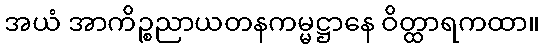
အယံ အာကိဉ္စညာယတနကမ္မဋ္ဌာနေ ဝိတ္ထာရကထာ။